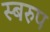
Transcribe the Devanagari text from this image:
स्बरुप